Scottish Certificate of Education, 1962
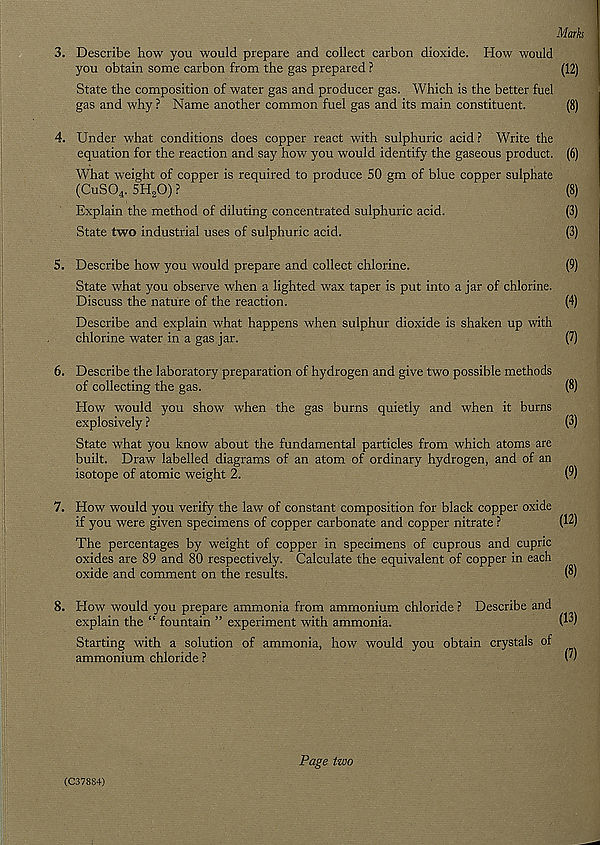
Marks
3. Describe how you would prepare and collect carbon dioxide. How would
you obtain some carbon from the gas prepared ?
(12)
State the composition of water gas and producer gas. Which is the better fuel
gas and why ? Name another common fuel gas and its main constituent.
(8)
4. Under what conditions does copper react with sulphuric acid ? Write the
equation for the reaction and say how you would identify the gaseous product. (6)
What weight of copper is required to produce 50 gm of blue copper sulphate
(CuS0 4 . 5H 2 0) ?
1
(8)
Explain the method of diluting concentrated sulphuric acid.
(3)
State two industrial uses of sulphuric acid.
(3)
5. Describe how you would prepare and collect chlorine.
(9)
State what you observe when a lighted wax taper is put into a jar of chlorine.
Discuss the nature of the reaction.
(4)
Describe and explain what happens when sulphur dioxide is shaken up with
chlorine water in a gas jar.
(7)
6. Describe the laboratory preparation of hydrogen and give two possible methods
of collecting the gas.
(8)
How would you show when the gas burns quietly and when it burns
explosively ?
(3)
State what you know about the fundamental particles from which atoms are
built. Draw labelled diagrams of an atom of ordinary hydrogen, and of an
isotope of atomic weight 2.
(9)
7. How would you verify the law of constant composition for black copper oxide
if you were given specimens of copper carbonate and copper nitrate ?
(12)
The percentages by weight of copper in specimens of cuprous and cupric
oxides are 89 and 80 respectively. Calculate the equivalent of copper in each
oxide and comment on the results.
(8)
8. How would you prepare ammonia from ammonium chloride ? Describe and
explain the “ fountain ” experiment with ammonia.
(13)
Starting with a solution of ammonia, how would you obtain crystals of
ammonium chloride ?
(')
(C378S4)
Page two